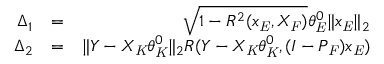
\begin{array} { r l r } { \Delta _ { 1 } } & { = } & { \sqrt { 1 - R ^ { 2 } ( x _ { \mathit { E } } , X _ { \mathit { F } } ) } \theta _ { \mathit { E } } ^ { 0 } \| x _ { \mathit { E } } \| _ { 2 } } \\ { \Delta _ { 2 } } & { = } & { \| Y - X _ { \mathit { K } } \theta _ { \mathit { K } } ^ { 0 } \| _ { 2 } R ( Y - X _ { \mathit { K } } \theta _ { \mathit { K } } ^ { 0 } , ( I - P _ { \mathit { F } } ) x _ { \mathit { E } } ) } \end{array}